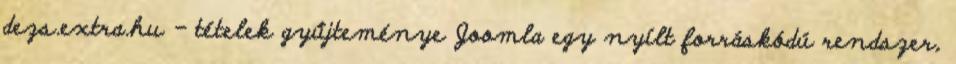
dezs.extra.hu - tételek gyűjteménye Joomla egy nyílt forráskódú rendszer,